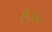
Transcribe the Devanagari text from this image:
हैं।अब